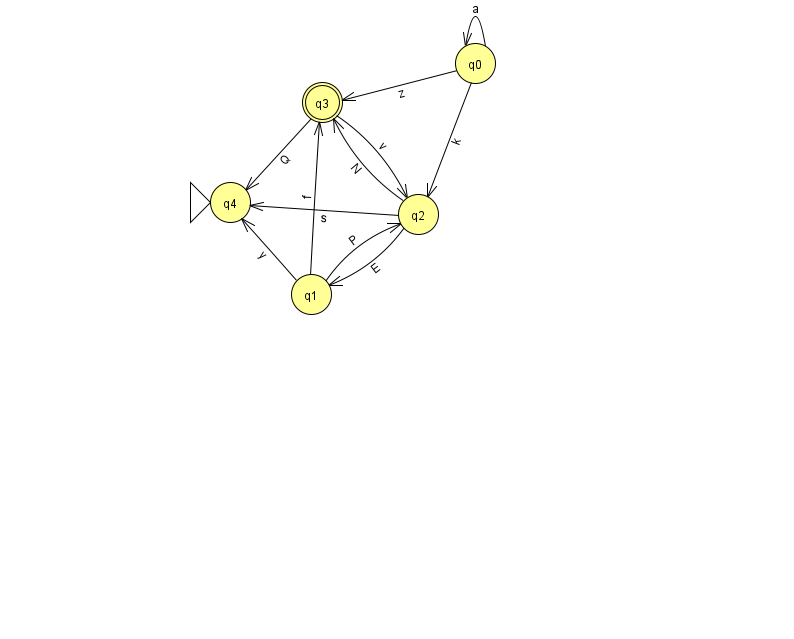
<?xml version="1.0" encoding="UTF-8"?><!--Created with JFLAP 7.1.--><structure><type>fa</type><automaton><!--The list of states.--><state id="0" name="q0"><x>475.0</x><y>50.0</y></state><state id="1" name="q1"><x>311.0</x><y>281.0</y></state><state id="2" name="q2"><x>418.0</x><y>201.0</y></state><state id="3" name="q3"><x>322.0</x><y>89.0</y><final/></state><state id="4" name="q4"><x>230.0</x><y>189.0</y><initial/></state><!--The list of transitions.--><transition><from>0</from><to>0</to><read>a</read></transition><transition><from>0</from><to>3</to><read>z</read></transition><transition><from>2</from><to>3</to><read>N</read></transition><transition><from>2</from><to>4</to><read>s</read></transition><transition><from>1</from><to>3</to><read>f</read></transition><transition><from>1</from><to>4</to><read>y</read></transition><transition><from>0</from><to>2</to><read>k</read></transition><transition><from>1</from><to>2</to><read>P</read></transition><transition><from>2</from><to>1</to><read>E</read></transition><transition><from>3</from><to>2</to><read>v</read></transition><transition><from>3</from><to>4</to><read>Q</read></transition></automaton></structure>